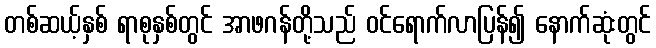
တစ်ဆယ့်နှစ် ရာစုနှစ်တွင် အာဖဂန်တို့သည် ဝင်ရောက်လာပြန်၍ နောက်ဆုံးတွင်